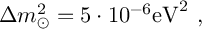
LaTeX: \Delta m _ { \odot } ^ { 2 } = 5 \cdot 1 0 ^ { - 6 } \mathrm { e V } ^ { 2 } ~ , ~ ~ ~